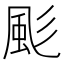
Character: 颩